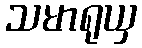
သမာရုယှ